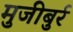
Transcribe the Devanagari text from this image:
मुजीबुर्र